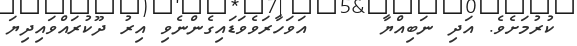
ކުރުމަށެވެ. އަދި ނަބިއްޔާ     އަވަހާރަވެވަޑައިގެންނެވި އިރު ދޫކުރައްވައިދިޔަ